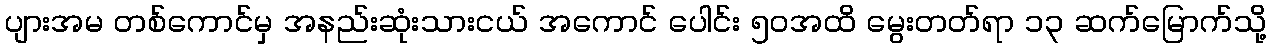
ပျားအမ တစ်ကောင်မှ အနည်းဆုံးသားငယ် အကောင် ပေါင်း ၅၀အထိ မွေးတတ်ရာ ၁၃ ဆက်မြောက်သို့